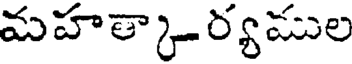
మహత్కార్యముల